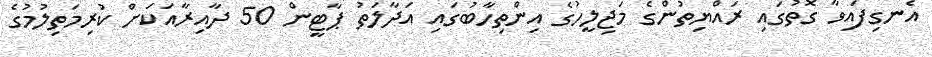
އެނގިފައިވާ ގޮތުގައި ރައްޔިތުންގެ މަޖިލީހުގެ އިންތިހާބުގައި އަދާލަތު ޕާޓީން 50 ދާއިރާއަކަށް ކުރިމަތިލުމުގެ